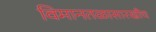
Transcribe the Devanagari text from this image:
विमानतळासारखीच